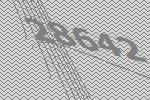
28642